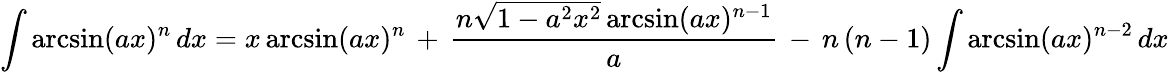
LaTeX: \int\arcsin(ax)^{n}\, dx=x\arcsin(ax)^{n}\, +\, {\frac{n{\sqrt{1-a^{2}x^{2}}}\arcsin(ax)^{n-1}}{a}}\, -\, n\, (n-1)\int\arcsin(ax)^{n-2}\, dx